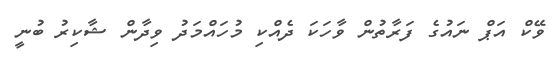
ވޭކް އަޕް ނައުގެ ފަރާތުން ވާހަކަ ދެއްކި މުހައްމަދު ވިދާން ޝާކިރު ބުނީ